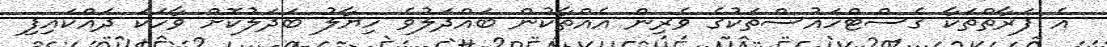
އެ ފަރާތްތަކާ ގެސްޓްހައުސްތަކުގެ ވެރިން އެއްތާކުން ބައްދަލުވެ ހިޔާލު ބަދަލުކޮށް ވާހަކަ ދައްކައިފި